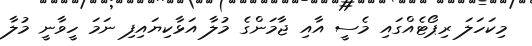
މިކަހަލަ ރިޕޯޓެއްގައި މެސީ އާއި ޖާމަންގެ މުލާ އަޅާކިޔައިފި ނަމަ ހީވާނީ މުލާ